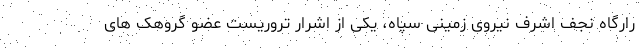
رارگاه نجف اشرف نیروی زمینی سپاه، یکی از اشرار تروریست عضو گروهک های